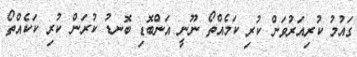
ގައުމު ކުރިއަރުވަން ކުރި ކަމެއްތޯ ނޫނީ އަންބޮޑި ބޮނޑު ކުރަން ކުރި ކަކެއްތޯ